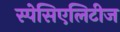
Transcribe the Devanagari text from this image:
स्पेसिएलिटीज